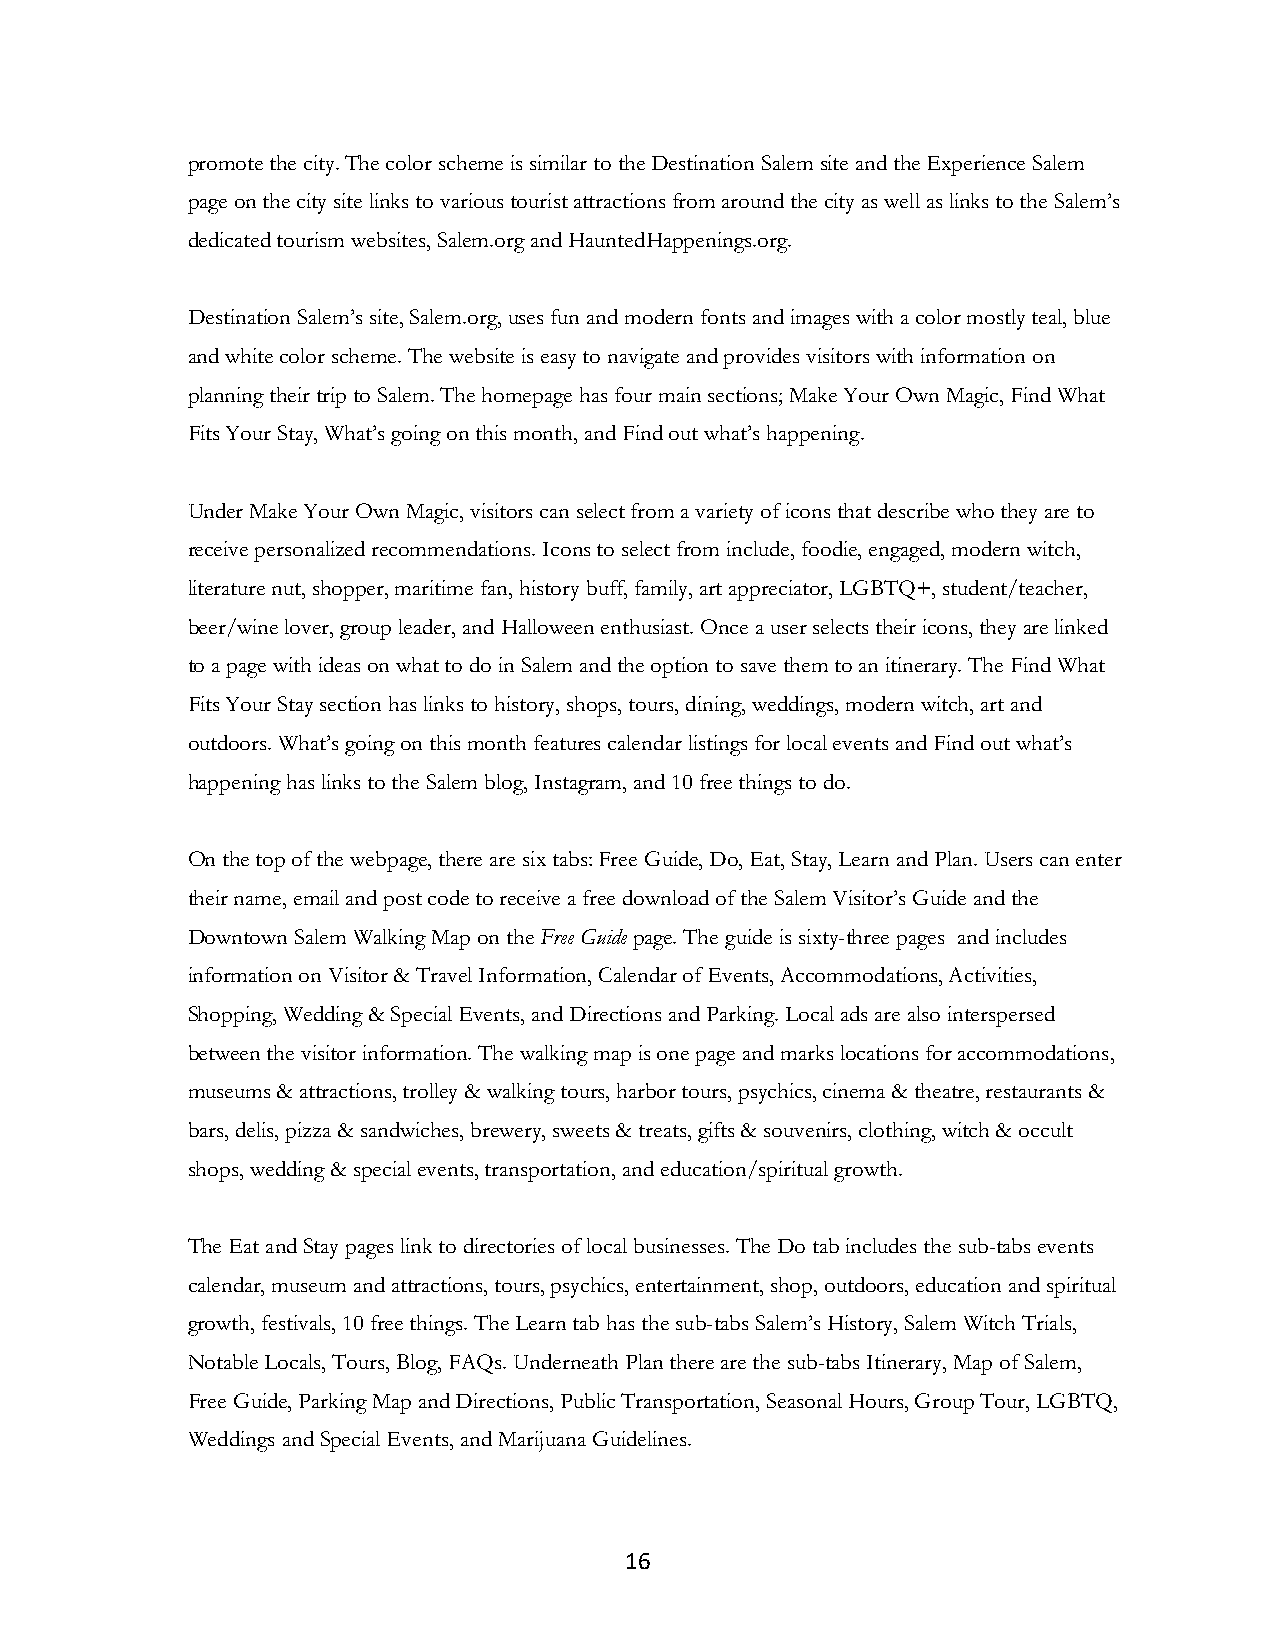
promote the city. The color scheme is similar to the Destination Salem site and the Experience Salem
 page on the city site links to various tourist attractions from around the city as well as links to the Salem’s
 dedicated tourism websites, Salem.org and HauntedHappenings.org.
 Destination Salem’s site, Salem.org, uses fun and modern fonts and images with a color mostly teal, blue
 and white color scheme. The website is easy to navigate and provides visitors with information on
 planning their trip to Salem. The homepage has four main sections; Make Your Own Magic, Find What
 Fits Your Stay, What’s going on this month, and Find out what’s happening.
 Under Make Your Own Magic, visitors can select from a variety of icons that describe who they are to
 receive personalized recommendations. Icons to select from include, foodie, engaged, modern witch,
 literature nut, shopper, maritime fan, history buff, family, art appreciator, LGBTQ+, student/teacher,
 beer/wine lover, group leader, and Halloween enthusiast. Once a user selects their icons, they are linked
 to a page with ideas on what to do in Salem and the option to save them to an itinerary. The Find What
 Fits Your Stay section has links to history, shops, tours, dining, weddings, modern witch, art and
 outdoors. What’s going on this month features calendar listings for local events and Find out what’s
 happening has links to the Salem blog, Instagram, and 10 free things to do.
 On the top of the webpage, there are six tabs: Free Guide, Do, Eat, Stay, Learn and Plan. Users can enter
 their name, email and post code to receive a free download of the Salem Visitor’s Guide and the
 Downtown Salem Walking Map on the Free Guide page. The guide is sixty-three pages and includes
 information on Visitor & Travel Information, Calendar of Events, Accommodations, Activities,
 Shopping, Wedding & Special Events, and Directions and Parking. Local ads are also interspersed
 between the visitor information. The walking map is one page and marks locations for accommodations,
 museums & attractions, trolley & walking tours, harbor tours, psychics, cinema & theatre, restaurants &
 bars, delis, pizza & sandwiches, brewery, sweets & treats, gifts & souvenirs, clothing, witch & occult
 shops, wedding & special events, transportation, and education/spiritual growth.
 The Eat and Stay pages link to directories of local businesses. The Do tab includes the sub-tabs events
 calendar, museum and attractions, tours, psychics, entertainment, shop, outdoors, education and spiritual
 growth, festivals, 10 free things. The Learn tab has the sub-tabs Salem’s History, Salem Witch Trials,
 Notable Locals, Tours, Blog, FAQs. Underneath Plan there are the sub-tabs Itinerary, Map of Salem,
 Free Guide, Parking Map and Directions, Public Transportation, Seasonal Hours, Group Tour, LGBTQ,
 Weddings and Special Events, and Marijuana Guidelines.
 16